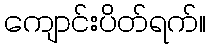
ကျောင်းပိတ်ရက်။